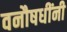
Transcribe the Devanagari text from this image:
वनौषधींनी